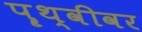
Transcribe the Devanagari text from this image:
पॄथ्वीवर